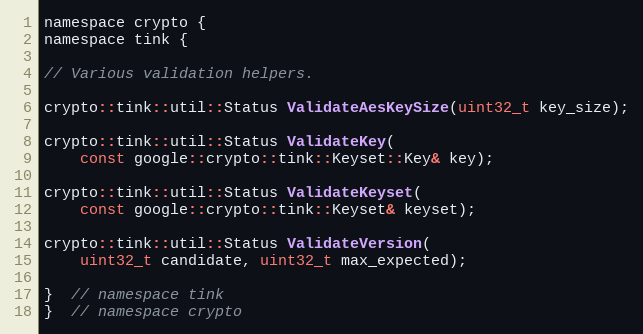
Language: C
namespace crypto {
namespace tink {

// Various validation helpers.

crypto::tink::util::Status ValidateAesKeySize(uint32_t key_size);

crypto::tink::util::Status ValidateKey(
    const google::crypto::tink::Keyset::Key& key);

crypto::tink::util::Status ValidateKeyset(
    const google::crypto::tink::Keyset& keyset);

crypto::tink::util::Status ValidateVersion(
    uint32_t candidate, uint32_t max_expected);

}  // namespace tink
}  // namespace crypto